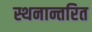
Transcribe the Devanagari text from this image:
स्थनान्तरित